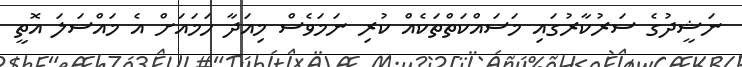
ނަޝީދުގެ ސަރުކާރުގައި މަސައްކަތްތަކެއް ކުރި ނަމަވެސް މިއަދާ ހަމައަށް އެ މައްސަލަ އޮތީ